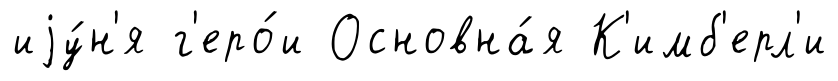
иjу́н'я г'еро́и Основна́я К'имб'ерл'и